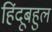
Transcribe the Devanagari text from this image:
हिंदूबहुल